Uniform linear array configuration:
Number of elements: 8
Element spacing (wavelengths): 0.75
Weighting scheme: blackman
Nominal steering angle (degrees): -60
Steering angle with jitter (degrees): -61.086
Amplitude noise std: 0.05
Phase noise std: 0.05

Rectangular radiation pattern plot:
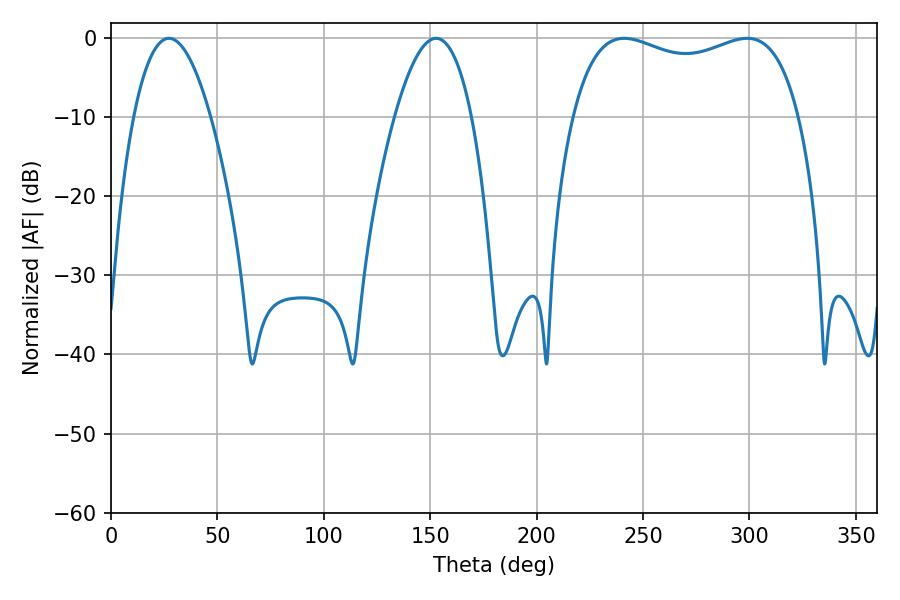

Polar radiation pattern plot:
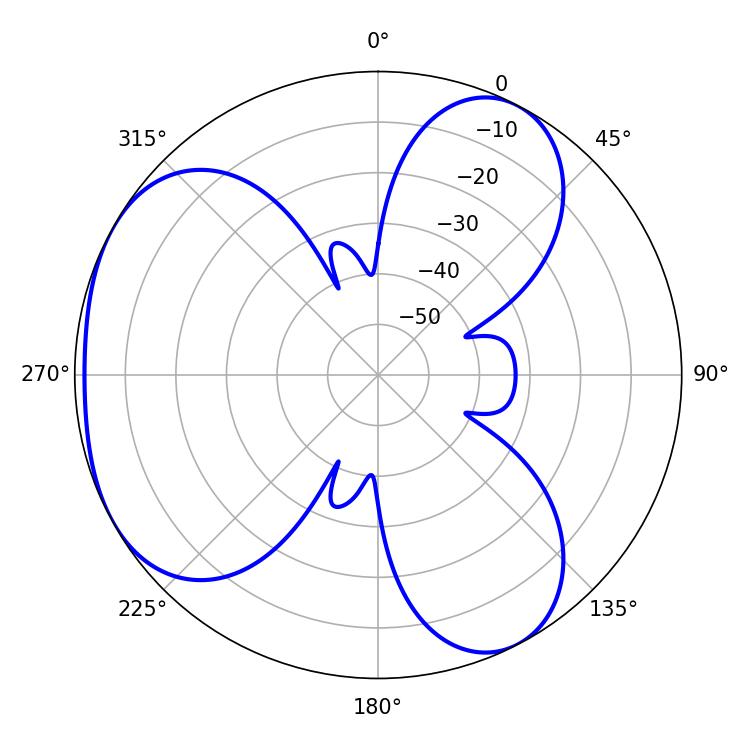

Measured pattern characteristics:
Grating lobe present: TRUE
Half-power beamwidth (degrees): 87.48
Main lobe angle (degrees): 241.2